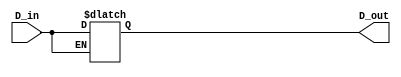
module Latch_Race_1(D_out,D_in);
output   D_out;
input    D_in;
reg      D_out;
reg      En;
always @(D_in) begin
    En=D_in;
end
always @(D_in or En) begin
    if(En == 0)
    D_out=D_in;
end
endmodule

module Latch_Race_2(D_out,D_in);
output   D_out;
input    D_in;
reg      D_out;
reg      En;
always @(D_in or En) begin
    if(En == 0)
    D_out=D_in;
end

always @(D_in) begin
    En=D_in;
end
endmodule

module Latch_Race_3(D_out,D_in);
output   D_out;
input    D_in;
reg      D_out;
wire      En;
buf #1(En,D_in);
always @(D_in or En) begin
    if(En == 0)
    D_out=D_in;
end
endmodule

module Latch_Race_4(D_out,D_in);
output   D_out;
input    D_in;
reg      D_out;
wire      En;
buf #1(En,D_in);
always @(D_in or En) begin
    #3 if(En == 0)
    D_out=D_in;
end
endmodule